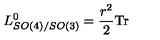
L _ { S O ( 4 ) / S O ( 3 ) } ^ { 0 } = { \frac { r ^ { 2 } } { 2 } } \mathrm { T r }